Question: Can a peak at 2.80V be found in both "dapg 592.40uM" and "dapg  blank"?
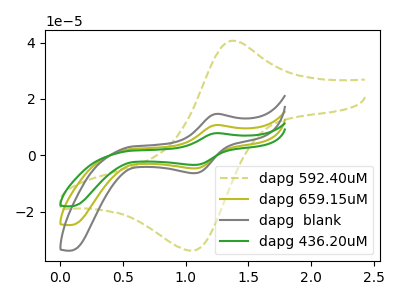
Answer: <think>The olive dashed curve "dapg 592.40uM" has an anodic peak at (1.35V, 40.65uA) and a cathodic peak at (1.05V, -33.75uA). The olive curve "dapg 659.15uM" has an anodic peak at (1.25V, 10.75uA) and a cathodic peak at (1.05V, -4.65uA). The gray curve "dapg  blank" has an anodic peak at (1.25V, 14.70uA) and a cathodic peak at (1.05V, -6.30uA). The green curve "dapg 436.20uM" has an anodic peak at (1.25V, 21.50uA) and a cathodic peak at (1.05V, -9.25uA).</think>
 <answer>No, "dapg 592.40uM" and "dapg  blank" dont share a peak at 2.80V.</answer>
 <eval>mismatch</eval>